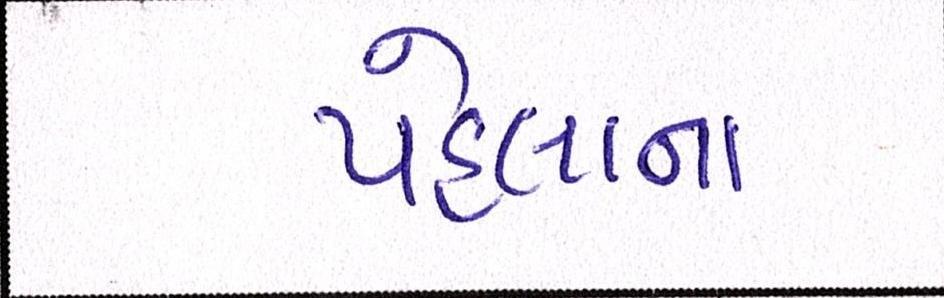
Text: પહેલાના